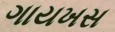
ગાયખસ